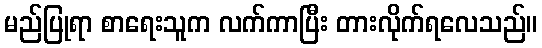
မည်ပြုရာ စာရေးသူက လက်ကာပြီး တားလိုက်ရလေသည်။